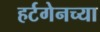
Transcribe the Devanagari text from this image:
हर्टगेनच्या